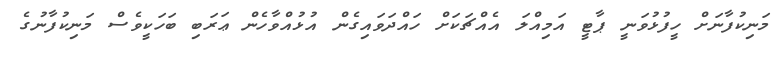
މަނިކުފާނަށް ހީފުޅުވަނީ ޕާޓީ އަމިއްލަ އެއްޗަކަށް ހައްދަވައިގެން އުޅުއްވާހެން ޢަރަބި ބަހަކީވެސް މަނިކުފާނުގެ